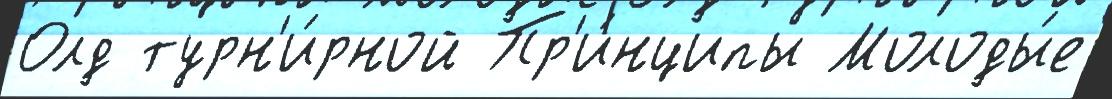
Олд турн'и́рной Пр'и́нципы Молоды́е